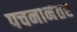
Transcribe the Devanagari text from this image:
पचनानंतर